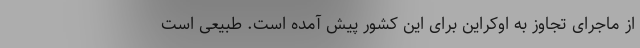
از ماجرای تجاوز به اوکراین برای این کشور پیش آمده است. طبیعی است